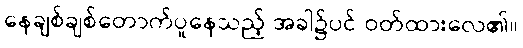
နေချစ်ချစ်တောက်ပူနေသည့် အခါ၌ပင် ဝတ်ထားလေ၏။